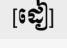
[ដៀ]